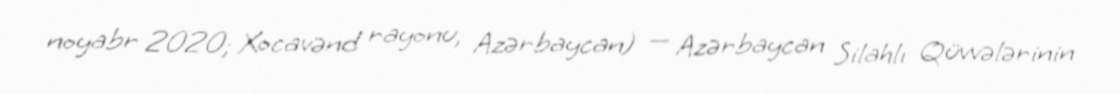
noyabr 2020; Xocavənd rayonu, Azərbaycan) — Azərbaycan Silahlı Qüvvələrinin